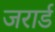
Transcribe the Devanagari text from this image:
जरार्ड